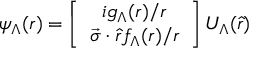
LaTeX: \psi _ { \Lambda } ( r ) = \left[ \begin{array} { c } { { i g _ { \Lambda } ( r ) / r } } \\ { { \vec { \sigma } \cdot \widehat { r } f _ { \Lambda } ( r ) / r } } \end{array} \right] U _ { \Lambda } ( \widehat { r } )